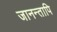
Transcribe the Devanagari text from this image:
जानन्तापि